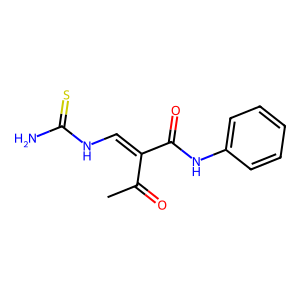
SMILES: CC(=O)C(=CNC(N)=S)C(=O)Nc1ccccc1
Inhibits HIV replication: No